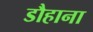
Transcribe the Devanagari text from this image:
डौहाना